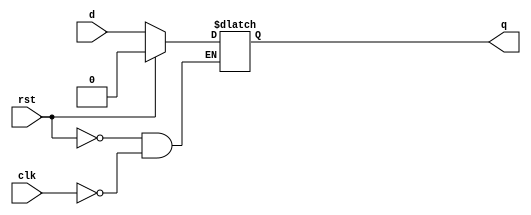
module D_latch(d,q,rst,clk);
  input d,clk,rst;
  output reg q;
  always @(clk,q)
    if (rst)
      q<=1'b0;
    else if(clk)
      q<=d;
endmodule